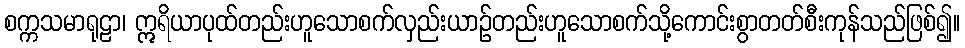
စက္ကသမာရုဠာ၊ ဣရိယာပုထ်တည်းဟူသောစက်လှည်းယာဉ်တည်းဟူသောစက်သို့ကောင်းစွာတတ်စီးကုန်သည်ဖြစ်၍။